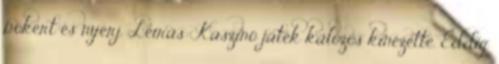
pókert és nyerj. Leírás: Kaszinó játék kalózos kinézette. Eddig